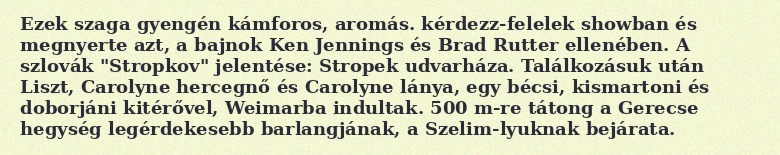
Ezek szaga gyengén kámforos, aromás. kérdezz-felelek showban és megnyerte azt, a bajnok Ken Jennings és Brad Rutter ellenében. A szlovák "Stropkov" jelentése: Stropek udvarháza. Találkozásuk után Liszt, Carolyne hercegnő és Carolyne lánya, egy bécsi, kismartoni és doborjáni kitérővel, Weimarba indultak. 500 m-re tátong a Gerecse hegység legérdekesebb barlangjának, a Szelim-lyuknak bejárata.